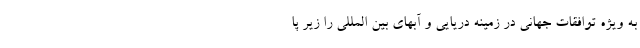
به ویژه توافقات جهانی در زمینه دریایی و آبهای بین المللی را زیر پا